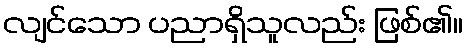
လျင်သော ပညာရှိသူလည်း ဖြစ်၏။